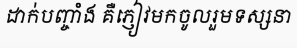
ដាក់បញ្ចាំង គឺភ្ញៀវមកចូលរួមទស្សនា